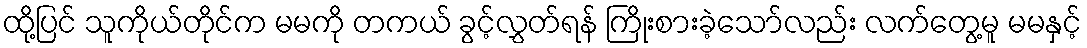
ထို့ပြင် သူကိုယ်တိုင်က မမကို တကယ် ခွင့်လွှတ်ရန် ကြိုးစားခဲ့သော်လည်း လက်တွေ့မူ မမနှင့်